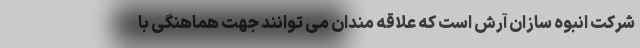
شرکت انبوه سازان آرش است که علاقه مندان می توانند جهت هماهنگی با